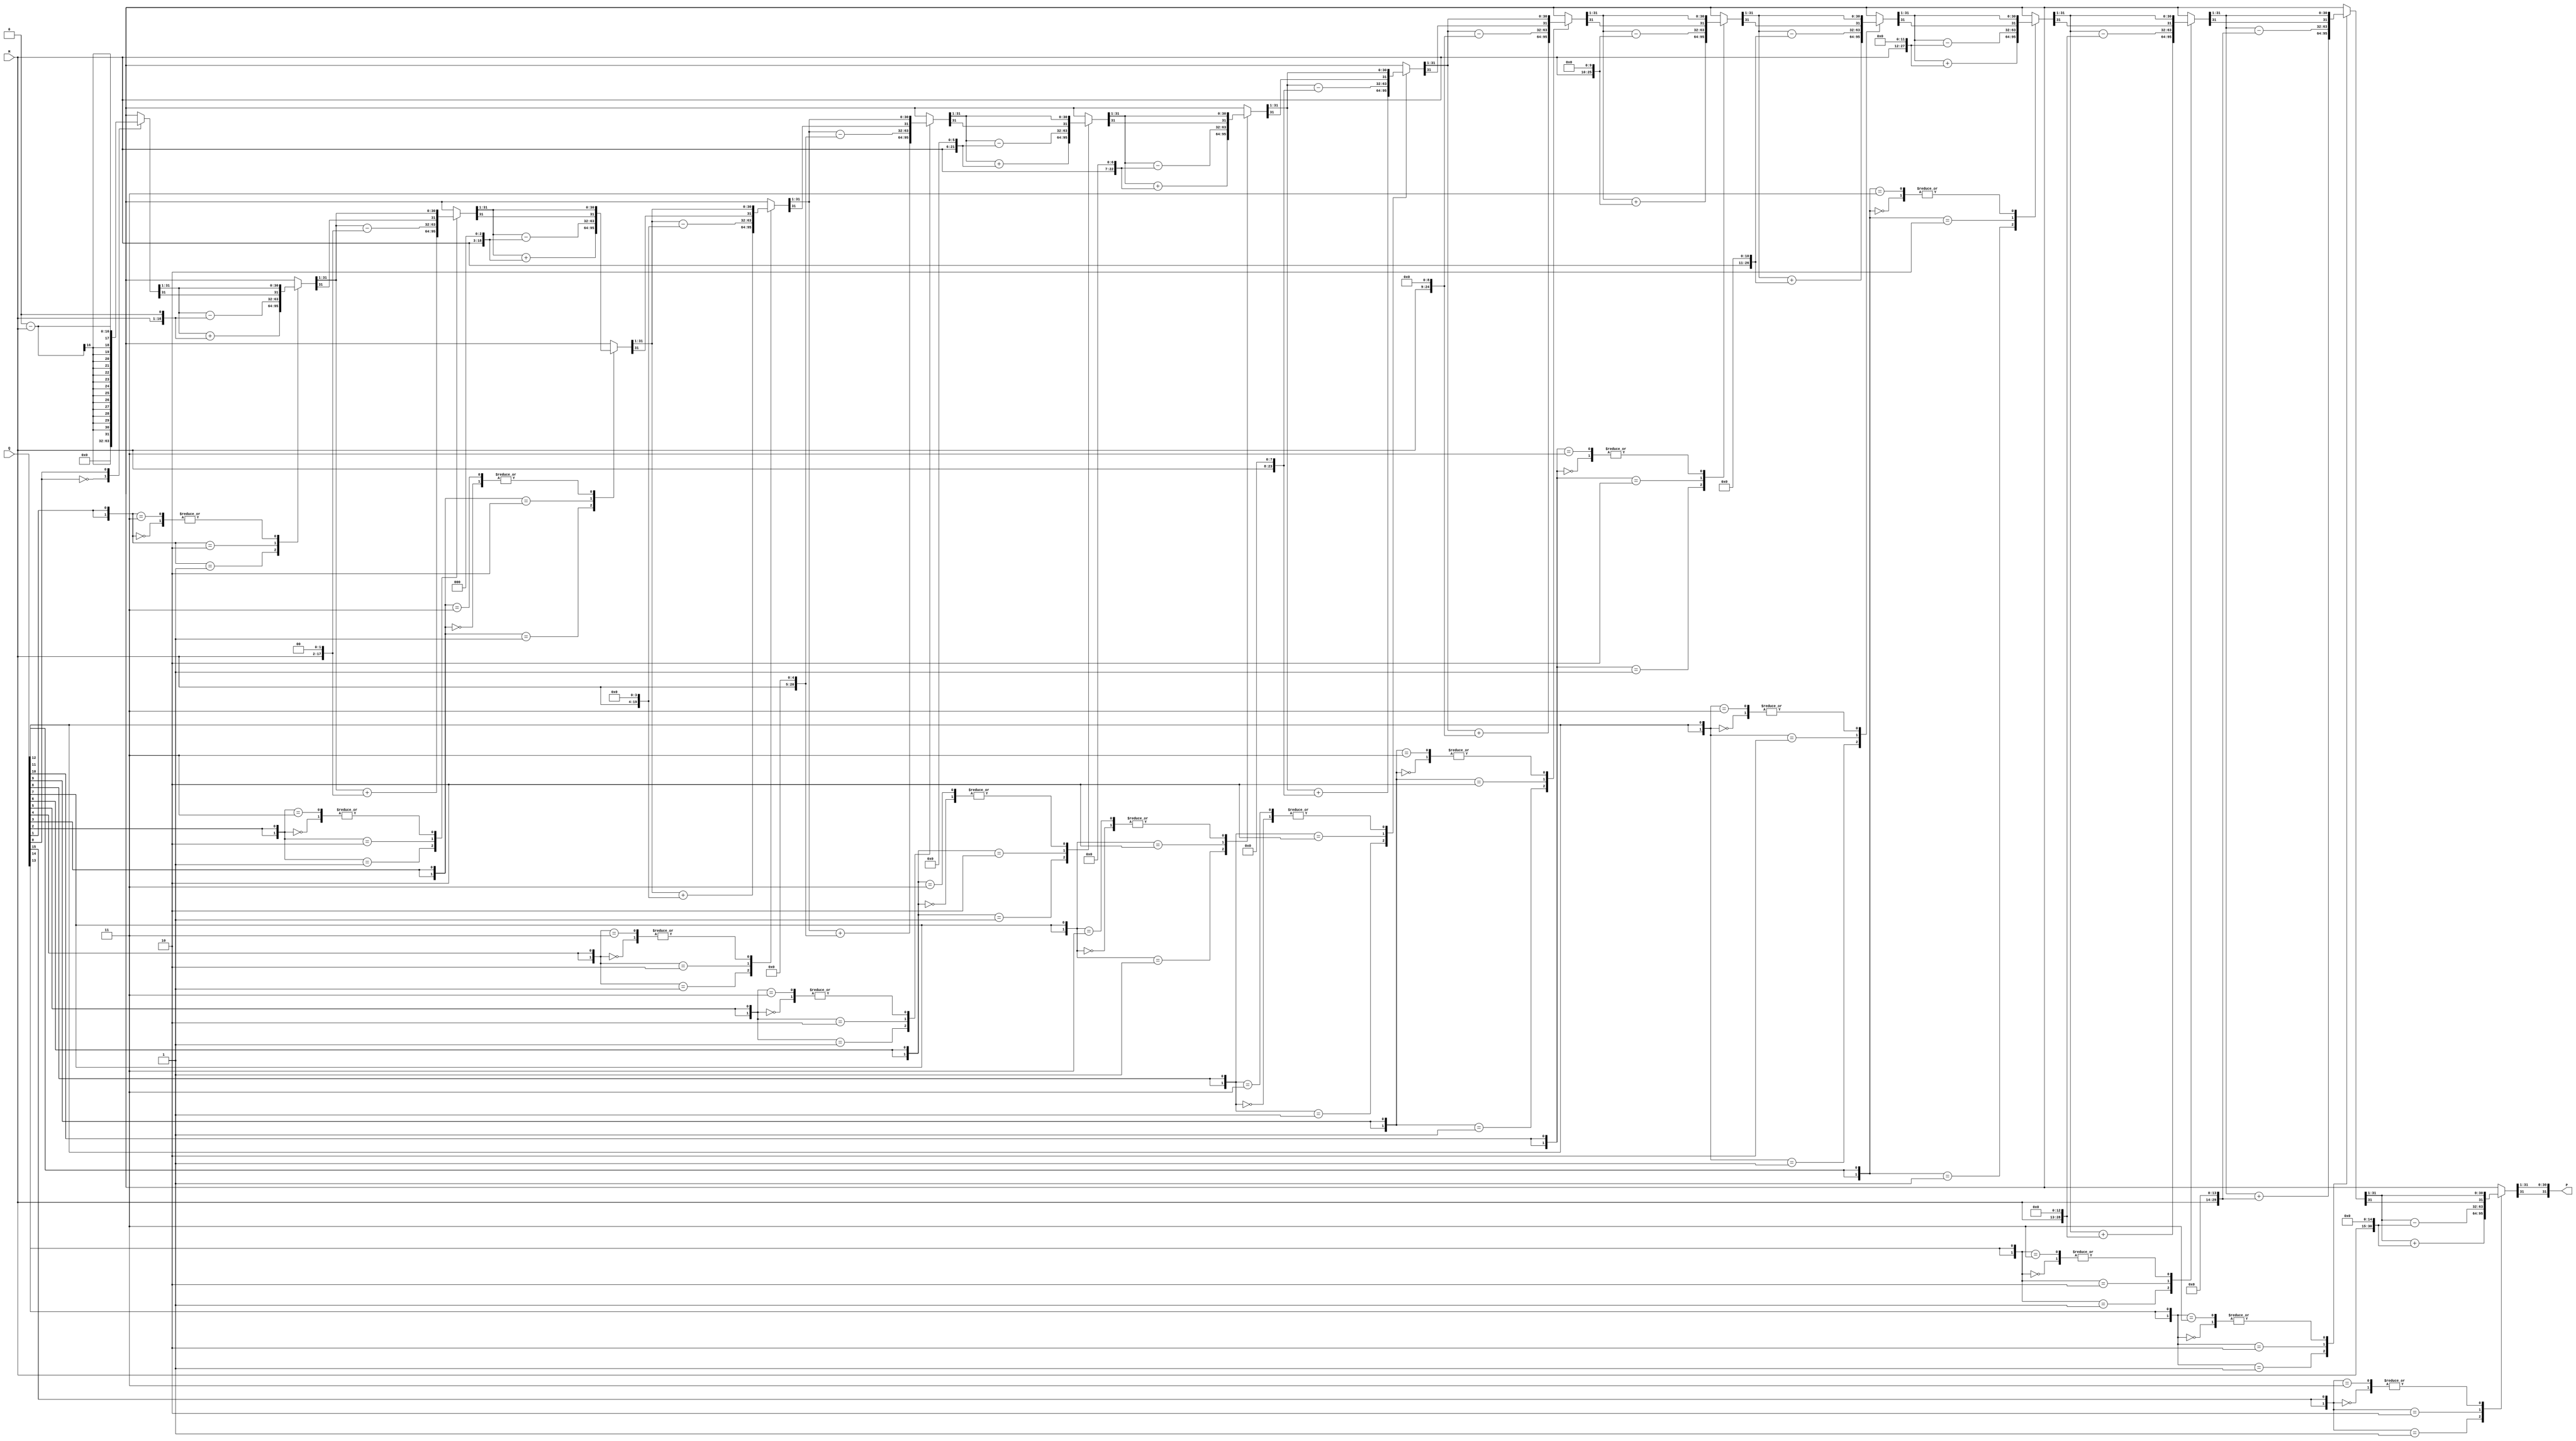
module modified_booth_multiplier (
    input signed [15:0] M,      // Multiplicand
    input signed [15:0] Q,      // Multiplier
    output reg signed [31:0] P   // Product
);
    reg signed [31:0] A;         // Accumulator
    reg [15:0] Q_reg;            // Shifted multiplier
    reg Q_1;                     // Previous bit of multiplier
    integer i;

    // Booth's algorithm implementation
    always @(*) begin
        // Initialize
        A = 0;
        Q_reg = Q;
        Q_1 = 0; // Initial value of Q-1

        // Iterate through each bit of the multiplier
        for (i = 0; i < 16; i = i + 1) begin
            case ({Q_reg[0], Q_1})
                2'b00: begin
                    // No operation
                end
                2'b01: begin
                    // Add multiplicand
                    A = A + (M << i);
                end
                2'b10: begin
                    // Subtract multiplicand
                    A = A - (M << i);
                end
                2'b11: begin
                    // No operation
                end
            endcase

            // Shift right: A and Q
            {A, Q_reg} = {A[31], A, Q_reg} >> 1; // Arithmetic right shift
            Q_1 = Q_reg[0]; // Update Q-1
        end

        // Assign the final product
        P = A;
    end
endmodule